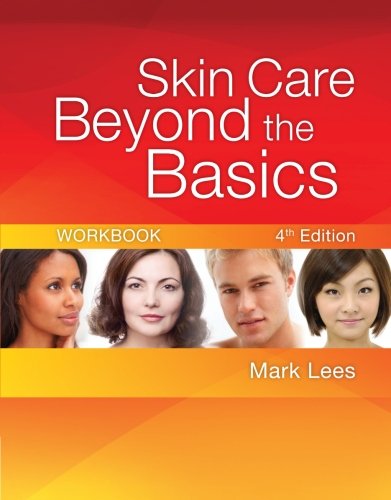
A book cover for Skin Care Beyond the Basics Workbook; Mark Lees; Health, Fitness & Dieting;